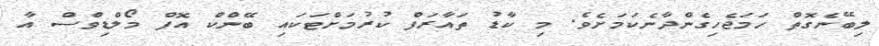
ލިބޭނެގޮތް ހަމަޖެހިގެންދާނެކަމަށެވެ. މި ކާޑު ތައާރަފް ކުރުމަށްޓަކައި ބޭންކް އޮފް މޯލްޑިވްސް އާ